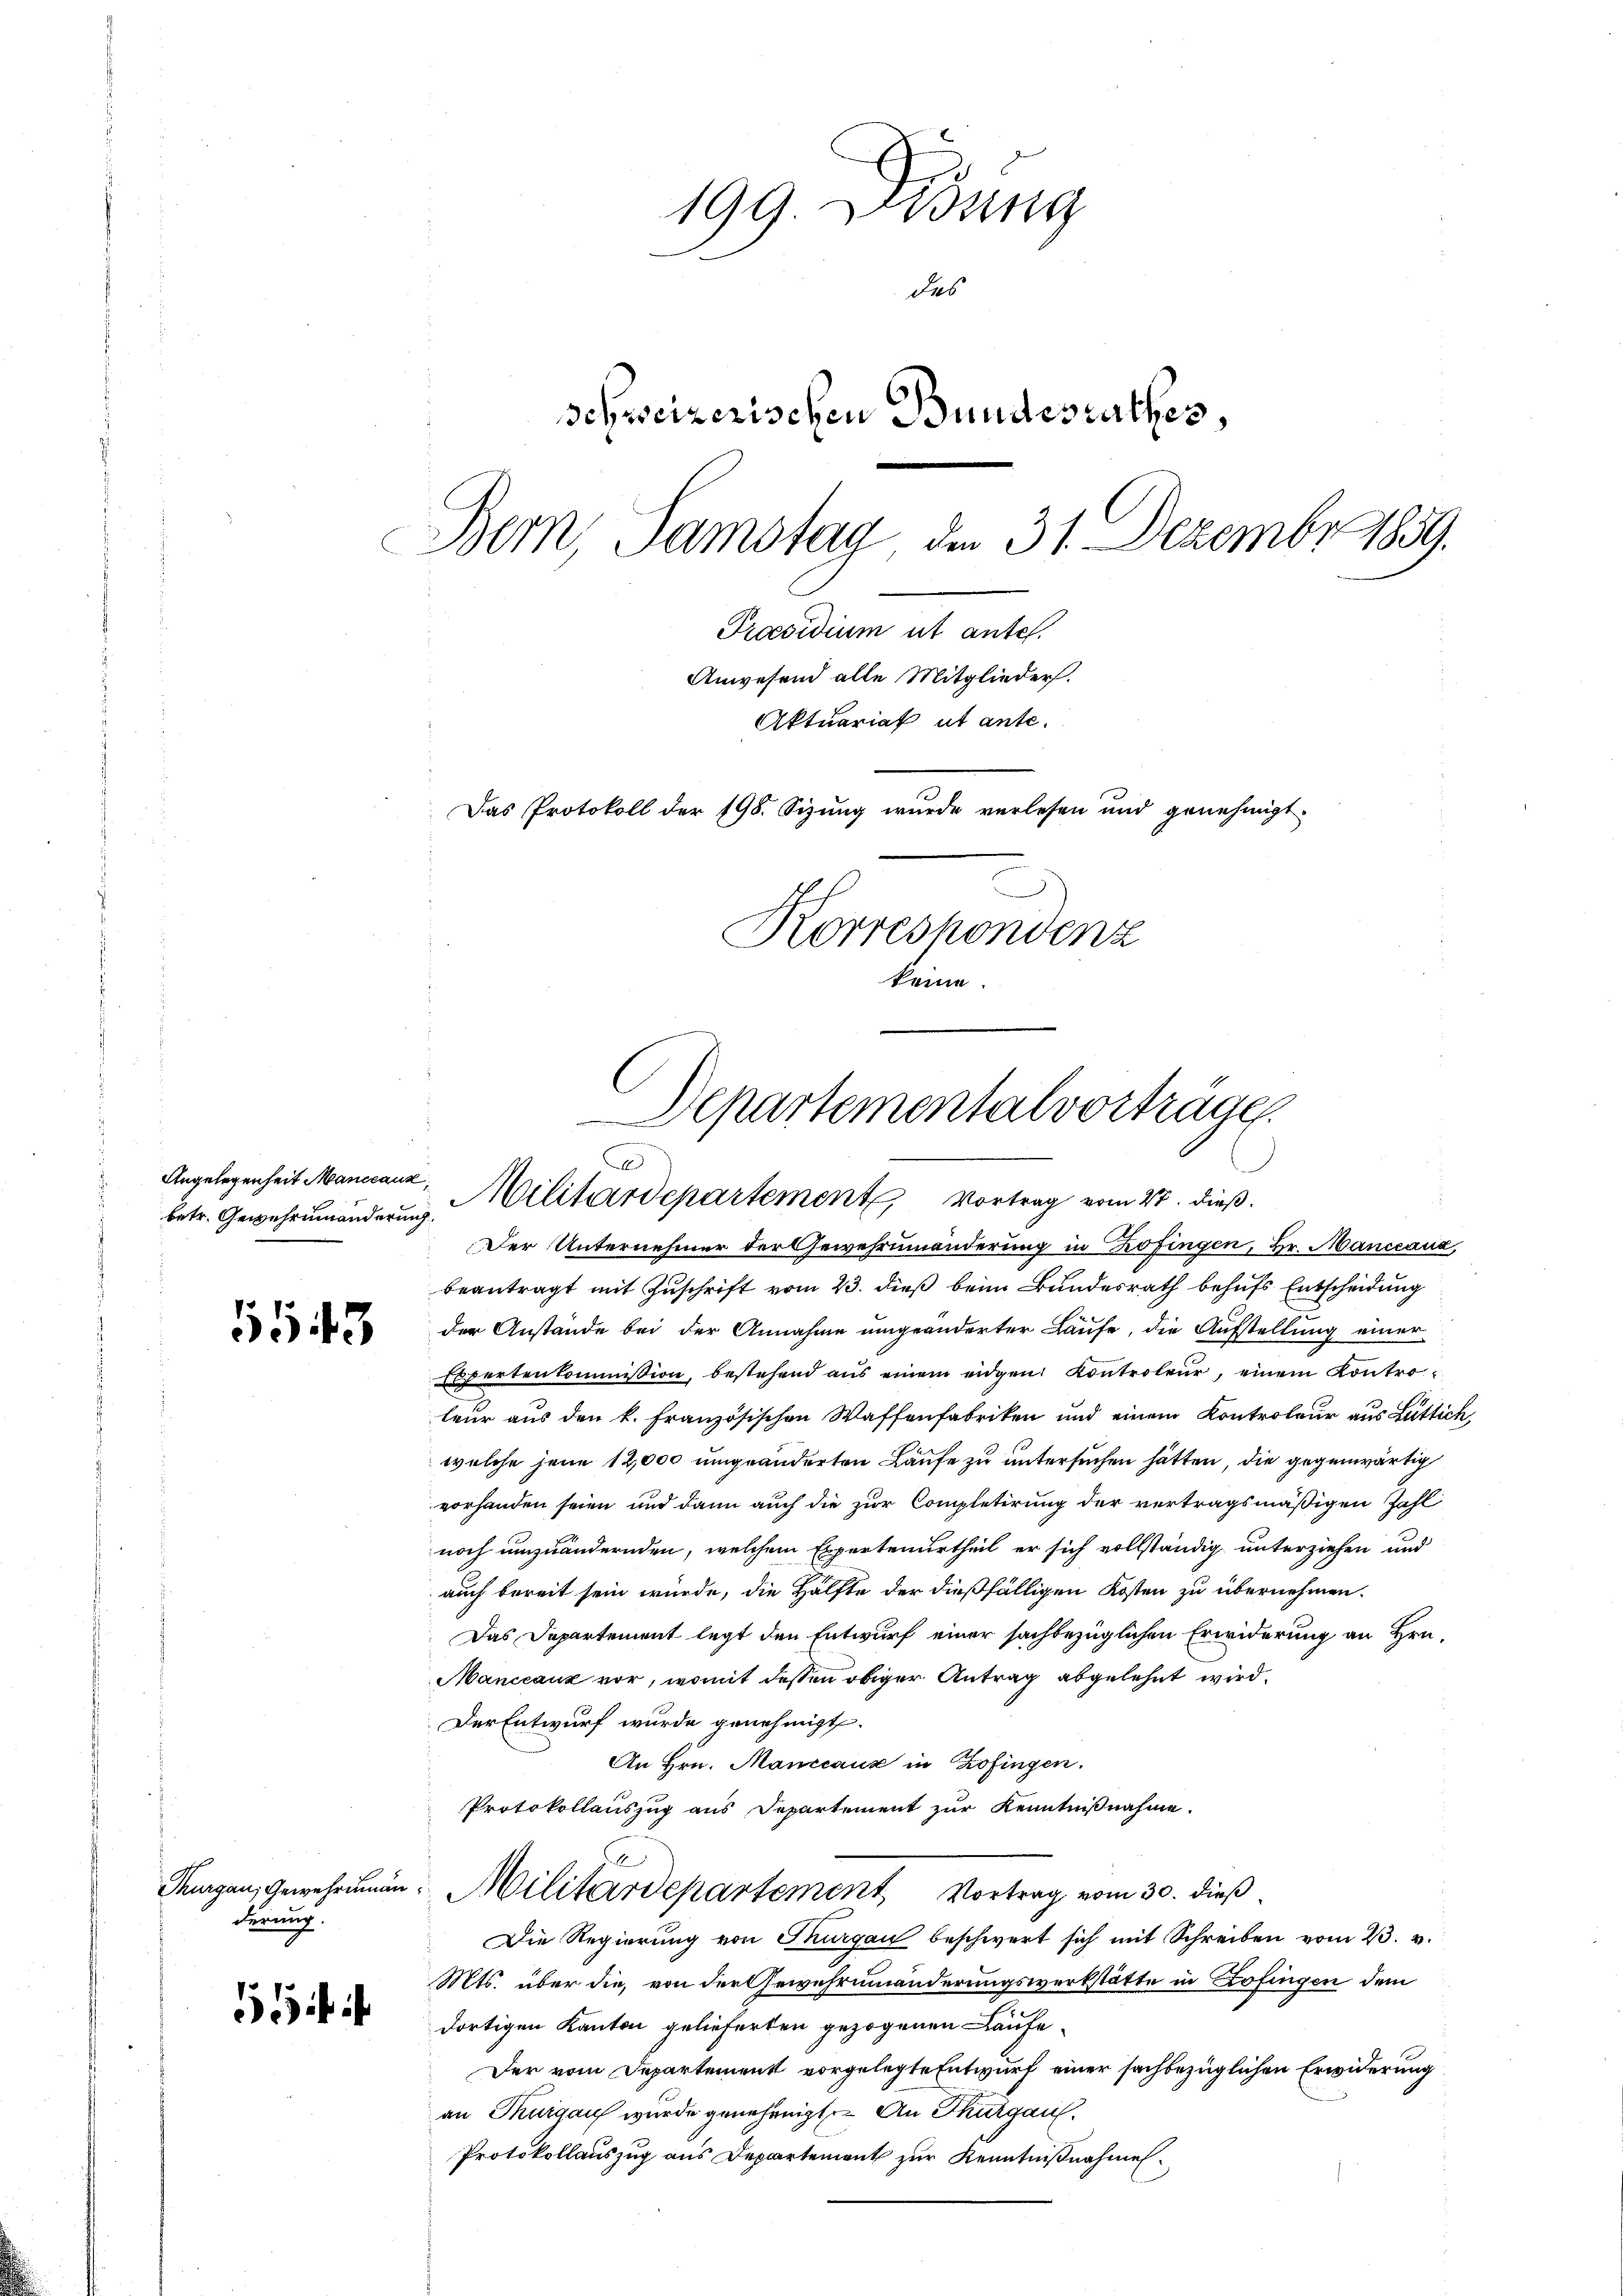
Angelegenheit Manccaux,
betr. Gewehreinanderung

1543

Thurgau, Gewehrman
derung.

199. Dedung
des
schweizerischen Bundesrathes,
Bern Samstag den 31. Dezember 1859.
Praesidium ut ante.
Anwesend alle Mitglieder.
Aktuariat ut ante.
Das Protokoll der 198. Sizung wurde verlesen und genehmigt.
Korrespondenz
kein

Aepartementalvorträge.
C
Militärdepartement Vortrag vom 27. dieß.

Der Unternehmer der Gewehrnmänderung in Zofingen, Hr. Manccaua,
beantragt mit Zuschrift vom 23. dieß beim Bundesrath behufs Entscheidung
der Anstände bei der Annahme umgeänderter Laufe, die Aufstellung einer
Expertenkommission, bestehend aus einem eidgen. Kontroleur, einem Kontroteur aus den k. französischen Waffenfabriken und einem Kontroleur aus Luttich,
welche jene 12,000 umgeänderten Laufe zu untersuchen hätten, die gegenwärtig
vorhanden seien und dann auch die zur Completirung der vertragsmäßigen Zahl
noch umzuändernden, welchem Expertenurtheil er sich vollständig unterziehen und
auch bereit sein würde, die Hälfte der dießfälligen Kosten zu übernehmen.
Das Departement legt den Entwurf einer sachbezüglichen Erwiderung an Hrn.
Manccauz vor, womit dessen obiger Antrag abgelehnt wird.
Der Entwurf wurde genehmigt.
An Hrn. Manccauz in Zofingen.
Protokollauszug aus Departement zur Kenntnißnahme.
Militärdepartement Vortrag vom 30. dieß
Die Regierung von Thurgau beschwert sich mit Schreiben vom 23. v.
Mts. über die, von der Gewehrnmänderungswerkstätte in Zofingen dem
dortigen Kanton gelieferten gezogenen Laufe
Der vom Departement vorgelegte Entwurf einer sachbezüglichen Erwiderung
an Thurgau wurde genehmigte. An Thurgau.
Protokollauszug aus Departement zur Kenntnißnahmen.